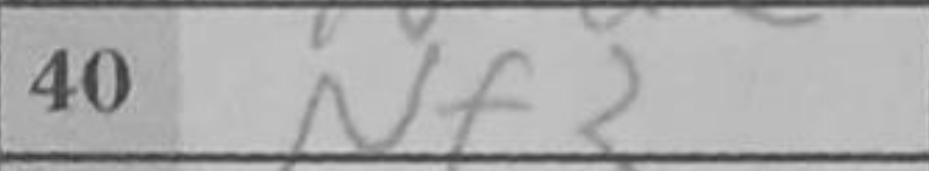
Transcription: Nf3